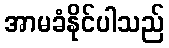
အာမခံနိုင်ပါသည်